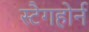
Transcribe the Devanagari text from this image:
स्टैगहोर्न